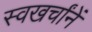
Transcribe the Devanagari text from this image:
स्वखर्चांनें